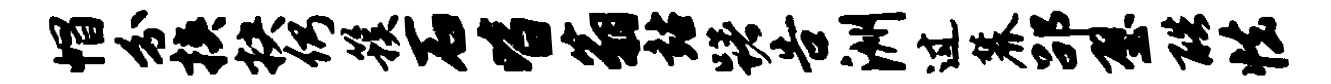
帽分挟抉仍簇石皆翁站躇告洲过麓劭壁酷怯